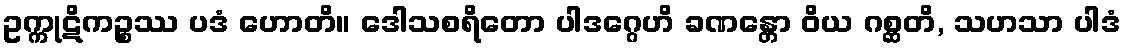
ဥက္ကုဋိကဉ္စဿ ပဒံ ဟောတိ။ ဒေါသစရိတော ပါဒဂ္ဂေဟိ ခဏန္တော ဝိယ ဂစ္ဆတိ, သဟသာ ပါဒံ